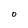
Character: O